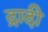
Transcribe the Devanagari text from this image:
द्रादी